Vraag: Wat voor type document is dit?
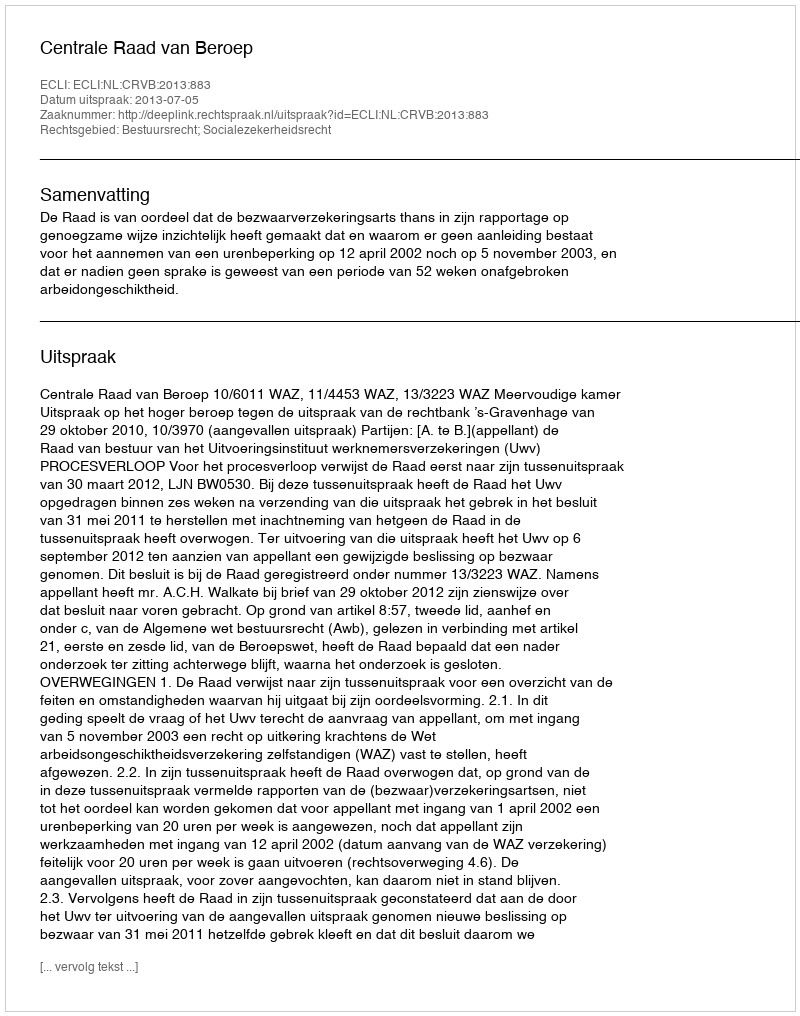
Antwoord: Uitspraak